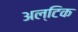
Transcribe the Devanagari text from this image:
अल्टिक